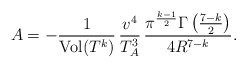
\begin{align*}A= - \frac{1}{ {\rm Vol}(T^k) } \, \frac{v^4}{T_A^3} \, \frac{\pi^\frac{k-1}{2} \Gamma\left(\frac{7-k}{2}\right)}{4 R^{7-k}}.\end{align*}